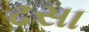
ઢસા